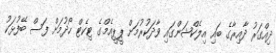
ދިއްގަރު ދާއިރާގެ ބައި އިލެކްޝަންގައި ވާދަކުރުމަށް ޕީޕީއެމްގެ ޓިކެޓް ހޯދުމަށް ފަސް ބޭފުޅަކު